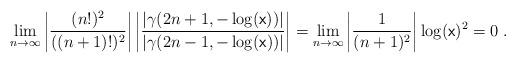
LaTeX: \begin{align*}\lim_{n\rightarrow\infty}\left|\frac{(n!)^2}{((n+1)!)^2}\right|\left|\frac{\left|\gamma(2n+1,-\log( \mathrm{\mathsf{x}}))\right|}{\left|\gamma(2n-1,-\log( \mathrm{\mathsf{x}}))\right|}\right|=\lim_{n\rightarrow\infty} \left|\frac{1}{(n+1)^2}\right|\log( \mathrm{\mathsf{x}})^2=0\;.\end{align*}